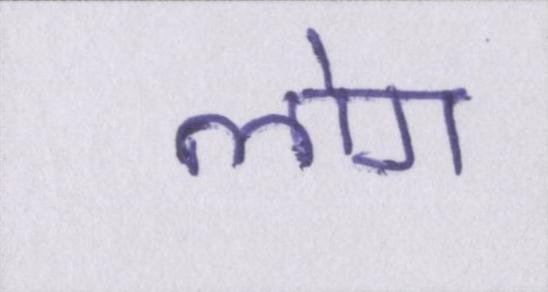
लोग